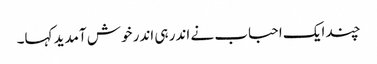
چند ایک احباب نے اندر ہی اندر خوش آمدید کہا۔